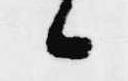
候